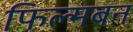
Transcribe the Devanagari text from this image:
फिल्मबन